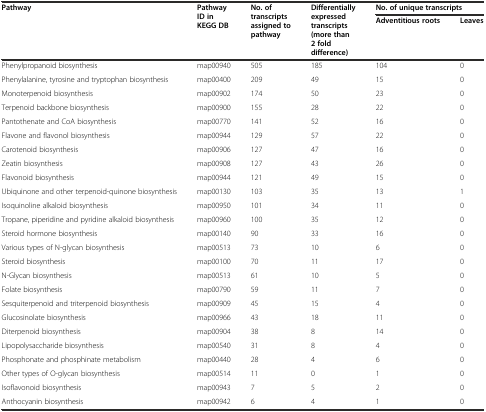
<table><thead><tr><td rowspan="2"><b>Pathway</b></td><td rowspan="2"><b>Pathway ID in KEGG DB</b></td><td rowspan="2"><b>No. of transcripts assigned to pathway</b></td><td rowspan="2"><b>Differentially expressed transcripts (more than 2 fold difference)</b></td><td colspan="2"><b>No. of unique transcripts</b></td></tr><tr><td><b>Adventitious roots</b></td><td><b>Leaves</b></td></tr></thead><tbody><tr><td>Phenylpropanoid biosynthesis</td><td>map00940</td><td>505</td><td>185</td><td>104</td><td>0</td></tr><tr><td>Phenylalanine, tyrosine and tryptophan biosynthesis</td><td>map00400</td><td>209</td><td>49</td><td>15</td><td>0</td></tr><tr><td>Monoterpenoid biosynthesis</td><td>map00902</td><td>174</td><td>50</td><td>23</td><td>0</td></tr><tr><td>Terpenoid backbone biosynthesis</td><td>map00900</td><td>155</td><td>28</td><td>22</td><td>0</td></tr><tr><td>Pantothenate and CoA biosynthesis</td><td>map00770</td><td>141</td><td>52</td><td>16</td><td>0</td></tr><tr><td>Flavone and flavonol biosynthesis</td><td>map00944</td><td>129</td><td>57</td><td>22</td><td>0</td></tr><tr><td>Carotenoid biosynthesis</td><td>map00906</td><td>127</td><td>47</td><td>16</td><td>0</td></tr><tr><td>Zeatin biosynthesis</td><td>map00908</td><td>127</td><td>43</td><td>26</td><td>0</td></tr><tr><td>Flavonoid biosynthesis</td><td>map00944</td><td>121</td><td>49</td><td>15</td><td>0</td></tr><tr><td>Ubiquinone and other terpenoid-quinone biosynthesis</td><td>map00130</td><td>103</td><td>35</td><td>13</td><td>1</td></tr><tr><td>Isoquinoline alkaloid biosynthesis</td><td>map00950</td><td>101</td><td>34</td><td>11</td><td>0</td></tr><tr><td>Tropane, piperidine and pyridine alkaloid biosynthesis</td><td>map00960</td><td>100</td><td>35</td><td>12</td><td>0</td></tr><tr><td>Steroid hormone biosynthesis</td><td>map00140</td><td>90</td><td>33</td><td>16</td><td>0</td></tr><tr><td>Various types of N-glycan biosynthesis</td><td>map00513</td><td>73</td><td>10</td><td>6</td><td>0</td></tr><tr><td>Steroid biosynthesis</td><td>map00100</td><td>70</td><td>11</td><td>17</td><td>0</td></tr><tr><td>N-Glycan biosynthesis</td><td>map00513</td><td>61</td><td>10</td><td>5</td><td>0</td></tr><tr><td>Folate biosynthesis</td><td>map00790</td><td>59</td><td>11</td><td>7</td><td>0</td></tr><tr><td>Sesquiterpenoid and triterpenoid biosynthesis</td><td>map00909</td><td>45</td><td>15</td><td>4</td><td>0</td></tr><tr><td>Glucosinolate biosynthesis</td><td>map00966</td><td>43</td><td>18</td><td>11</td><td>0</td></tr><tr><td>Diterpenoid biosynthesis</td><td>map00904</td><td>38</td><td>8</td><td>14</td><td>0</td></tr><tr><td>Lipopolysaccharide biosynthesis</td><td>map00540</td><td>31</td><td>8</td><td>4</td><td>0</td></tr><tr><td>Phosphonate and phosphinate metabolism</td><td>map00440</td><td>28</td><td>4</td><td>6</td><td>0</td></tr><tr><td>Other types of O-glycan biosynthesis</td><td>map00514</td><td>11</td><td>0</td><td>1</td><td>0</td></tr><tr><td>Isoflavonoid biosynthesis</td><td>map00943</td><td>7</td><td>5</td><td>2</td><td>0</td></tr><tr><td>Anthocyanin biosynthesis</td><td>map00942</td><td>6</td><td>4</td><td>1</td><td>0</td></tr></tbody></table>